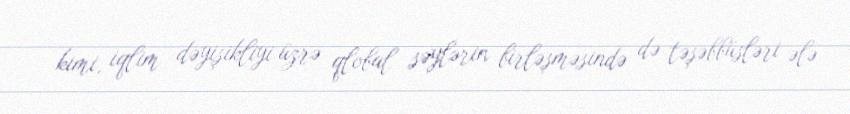
kimi, iqlim dəyişikliyi üzrə qlobal səylərin birləşməsində də təşəbbüsləri ələ